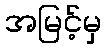
အမြင့်မှ